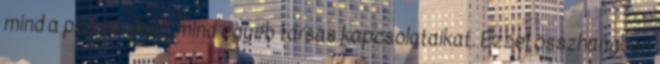
mind a partnerüket, mind egyéb társas kapcsolataikat. Ezzel összhangban